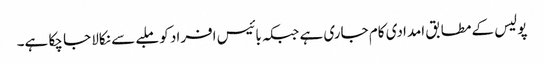
پولیس کے مطابق امدادی کام جاری ہے جبکہ بائیس افراد کو ملبے سے نکالا جا چکا ہے۔